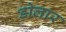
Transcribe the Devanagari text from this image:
डोलार